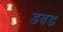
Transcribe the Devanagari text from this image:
डबड